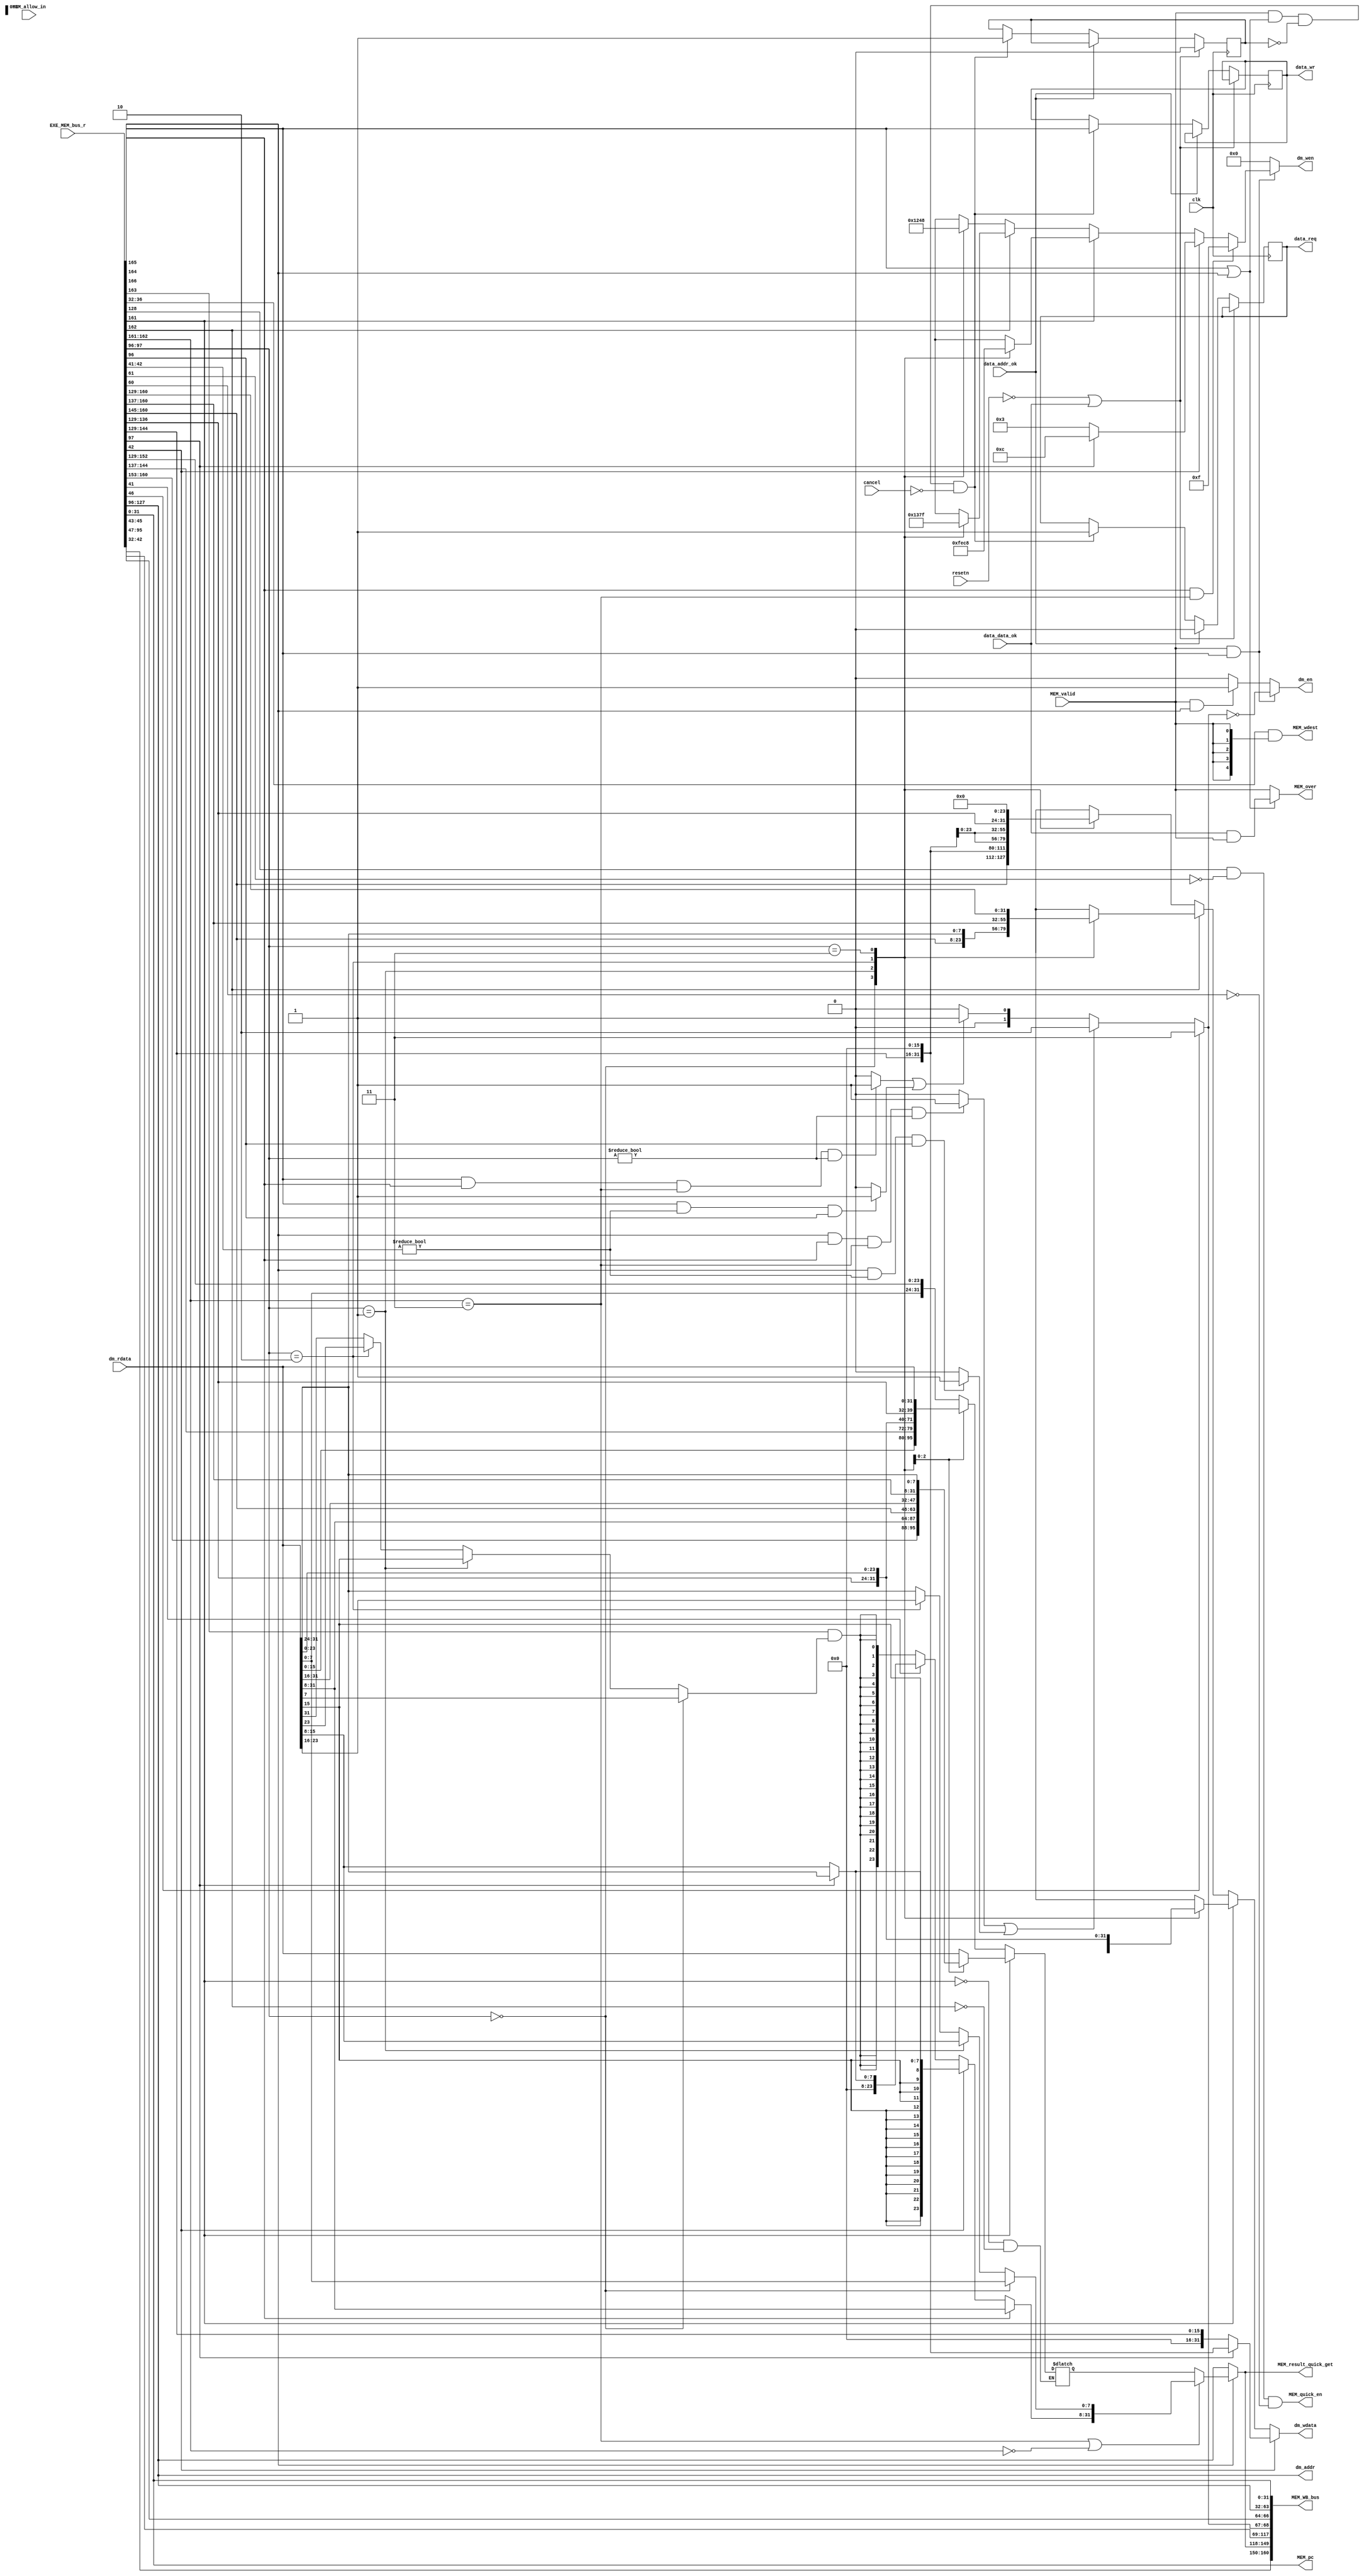
module mem(
	input wire 			clk,
	input wire          resetn,
	input wire 			MEM_valid,
	input wire 	[166:0]	EXE_MEM_bus_r,
	input wire 	[ 31:0] dm_rdata,
	input wire          cancel,
	input wire          data_addr_ok,
	input wire          data_data_ok,
	output reg          data_req,
	output reg          data_wr,
	output reg          dm_en,
	output wire [ 31:0] dm_addr,
	output reg 	[  3:0] dm_wen,
	output reg 	[ 31:0] dm_wdata,
	// output wire dm_ce_n,       // chip enable,  low valid
	// output wire dm_oe_n,       // read enable,  low valid
	// output wire dm_we_n,       // write enable, low valid
	output wire 		MEM_over,
	output wire	[160:0] MEM_WB_bus,
	

	// Five Levels Pipeline New Interface
	input wire 			MEM_allow_in,
	output wire [  4:0] MEM_wdest,
    output wire [ 31:0] MEM_result_quick_get,
    output wire MEM_quick_en,

	// show PC
	output wire [ 31:0] MEM_pc
);

//----------{EXE->MEM bus}begin
	// load/store message that MEM may use
	wire [ 5:0] mem_control;
	wire [31:0] store_data;
	wire data_related_en;

	// EXE result and data of HI/LO
	wire [31:0] exe_result;
	wire [31:0] lo_result;
	wire 		hi_write;
	wire 		lo_write;

	// message that WB may use
	wire mfhi;
	wire mflo;
	wire mtc0;
	wire mfc0;
	wire [7:0] cp0r_addr;
	wire syscall;
	wire eret;
	wire break;
	wire addr_exc;
	wire ov_exc;
	wire ri_exc;
	wire is_ds;
	wire [1:0] halfword;
	wire [3:0] rf_wen;
	wire [4:0] rf_wdest;

	//pc
	wire [31:0] pc;
	assign {mem_control,
			store_data,
			data_related_en,
			exe_result,
			lo_result,
			hi_write,
			lo_write,
			mfhi,
			mflo,
			mtc0,
			mfc0,
			cp0r_addr,
			syscall,
			eret,
			break,
			addr_exc,
			ov_exc,
			ri_exc,
			is_ds,
			halfword,
			rf_wen,
			rf_wdest,
			pc} = EXE_MEM_bus_r;
//----------{EXE->MEM bus}end

//----------{load/store memory access}begin
	wire inst_load;
	wire inst_store;
	wire ls_word;
	wire lb_sign;
	wire [1:0] ls_bit;
	assign {inst_load, inst_store, ls_word, lb_sign, ls_bit} = mem_control;

	// addr_exc use
	wire lw_addr_exc;
	wire lh_addr_exc;
	wire sw_addr_exc;
	wire sh_addr_exc;
	wire [31:0] badvaddr;
	assign lw_addr_exc = (inst_load && ls_word && (ls_bit == 2'b11) && (dm_addr[1:0] != 2'b00)) ? 1'b1 : 1'b0;
	assign lh_addr_exc = (inst_load && (halfword != 2'b00) && (dm_addr[0] != 1'b0)) ? 1'b1 : 1'b0;
	assign sw_addr_exc = (inst_store && ls_word && (ls_bit == 2'b11) && (dm_addr[1:0] != 2'b00)) ? 1'b1 : 1'b0;
 	assign sh_addr_exc = (inst_store && (halfword != 2'b00) && (dm_addr[0] != 1'b0)) ? 1'b1 : 1'b0;
    assign badvaddr = dm_addr;


	// Memory access w/r address
	assign dm_addr = exe_result;
    reg addr_sent;

    always @(posedge clk)
    begin
        if (!resetn || data_data_ok)
        begin
            addr_sent <= 1'b0;
        end
        else if (data_addr_ok)
        begin
            data_req <= 1'b0;
        end
        else if (MEM_valid & (inst_store | inst_load) & ~addr_sent & ~cancel)
        begin
            data_req <= 1'b1;
            addr_sent <= 1'b1;
            data_wr <= inst_store;
        end
    end
    
	// write enable of store operation
	always @(*) 
	begin
		if (MEM_valid & inst_store) // MEM valid and store enable 
		begin 
			dm_en <= 1'b1 & (final_addr_exc == 2'd0);
			if (ls_word & (ls_bit == 2'b11))
			begin
				dm_wen <= 4'b1111; // store word intruction, write enable is all-1
			end
			else if (halfword[1])
			begin
			     dm_wen <= dm_addr[1] ? 4'b1100 : 4'b0011;
			end
			else if (ls_bit[0]) // SWR
			begin
			    case (dm_addr[1:0])
                    2'b00     : dm_wen <= 4'b1111;
                    2'b01     : dm_wen <= 4'b1110;
                    2'b10     : dm_wen <= 4'b1100;
                    2'b11     : dm_wen <= 4'b1000;
                    default   : dm_wen <= 4'b0000;
                endcase
			end
			else if (ls_bit[1]) // SWL
            begin
                case (dm_addr[1:0])
                    2'b00     : dm_wen <= 4'b0001;
                    2'b01     : dm_wen <= 4'b0011;
                    2'b10     : dm_wen <= 4'b0111;
                    2'b11     : dm_wen <= 4'b1111;
                    default   : dm_wen <= 4'b0000;
                endcase
            end
			else 
			begin
				case (dm_addr[1:0])
					2'b00 	: dm_wen <= 4'b0001;
					2'b01 	: dm_wen <= 4'b0010;
					2'b10 	: dm_wen <= 4'b0100;
					2'b11 	: dm_wen <= 4'b1000;
					default : dm_wen <= 4'b0000;
				endcase
			end
		end
		else if (MEM_valid & inst_load)
		begin
		  dm_en <= 1'b1;
		  dm_wen <= 4'b0000;
		end
		else
		begin
			dm_en <= 1'b0;
            dm_wen <= 4'b0000;
		end
	end

	//  write data of store operation
	always @(*) 
	begin
	    if (halfword[1]) 
	    begin
	       if (dm_addr[1])
	       begin
	           dm_wdata <= {store_data[15:0], 16'd0};
	       end
	       else
	       begin
	           dm_wdata <= {16'd0, store_data[15:0]};
	       end
	    end
	    else if (ls_bit[0]) // SWR
	    begin
	       case (dm_addr[1:0])
                2'b00     : dm_wdata <= store_data;
                2'b01     : dm_wdata <= {store_data[23:0], dm_rdata[ 7:0]};
                2'b10     : dm_wdata <= {store_data[15:0], dm_rdata[15:0]};
                2'b11     : dm_wdata <= {store_data[ 7:0], dm_rdata[23:0]};
                default   : dm_wdata <= store_data;
            endcase
	    end
	    else if (ls_bit[1]) // SWL
	    begin
	       case (dm_addr[1:0])
                2'b00     : dm_wdata <= {dm_rdata[31:8 ], store_data[31:24]};
                2'b01     : dm_wdata <= {dm_rdata[31:16], store_data[31:16]};
                2'b10     : dm_wdata <= {dm_rdata[31:24], store_data[31:8]};
                2'b11     : dm_wdata <= store_data;
                default   : dm_wdata <= store_data;
            endcase
	    end
	    else
	    begin
            case (dm_addr[1:0])
                2'b00 	: dm_wdata <= store_data;
                2'b01 	: dm_wdata <= {16'd0, store_data[7:0], 8'd0};
                2'b10 	: dm_wdata <= {8'd0, store_data[7:0], 16'd0};
                2'b11 	: dm_wdata <= {store_data[7:0], 24'd0};
                default : dm_wdata <= store_data;
            endcase
        end
	end

	// data reading by load
	wire 		load_sign;
	wire [31:0] load_result;
	wire [7:0] half_result;
	wire [31:0] load_final_result;
	reg [31:0] lwl_lwr_result;
	assign load_sign = (dm_addr[1:0]==2'd0) ? dm_rdata[ 7] :
					   (dm_addr[1:0]==2'd1) ? dm_rdata[15] :
					   (dm_addr[1:0]==2'd2) ? dm_rdata[23] : dm_rdata[31];
	assign load_result[7:0] = (dm_addr[1:0]==2'd0) ? dm_rdata[ 7:0 ] :
							  (dm_addr[1:0]==2'd1) ? dm_rdata[15:8 ] :
							  (dm_addr[1:0]==2'd2) ? dm_rdata[23:16] : dm_rdata[31:24];
    assign half_result = (dm_addr[1]==2'd0) ? dm_rdata[15:8 ] : dm_rdata[31:24]; 
	assign load_result[31:8] = ls_word ? dm_rdata[31:8] : halfword[1] ? {{16{dm_rdata[15]}},half_result} : halfword[0] ? {16'd0,half_result} : {24{lb_sign & load_sign}};
	assign load_final_result = (ls_bit==2'b11 | ls_bit==2'b00) ? load_result : lwl_lwr_result;
	
	
	always @(*) 
        begin
            if (ls_bit[0])  // LWR
            begin
                case (dm_addr[1:0])
                    2'b00     : lwl_lwr_result <= dm_rdata;
                    2'b01     : lwl_lwr_result <= {store_data[31:24],dm_rdata[31:8 ]};
                    2'b10     : lwl_lwr_result <= {store_data[31:16],dm_rdata[31:16]};
                    2'b11     : lwl_lwr_result <= {store_data[31:8 ],dm_rdata[31:24]};
                    default   : lwl_lwr_result <= dm_rdata;
                endcase
            end
            else if (ls_bit[1]) // LWL
            begin
                case (dm_addr[1:0])
                    2'b00     : lwl_lwr_result <= {dm_rdata[ 7:0],store_data[23:0]};
                    2'b01     : lwl_lwr_result <= {dm_rdata[15:0],store_data[15:0]};
                    2'b10     : lwl_lwr_result <= {dm_rdata[23:0],store_data[ 7:0]};
                    2'b11     : lwl_lwr_result <= dm_rdata;
                    default   : lwl_lwr_result <= dm_rdata;
                endcase
            end
        end
//----------{load/store memory access}end

//----------{CE signal}begin
    // assign dm_ce_n = ~MEM_valid | MEM_over; // when MEM is valid and not over, dm_ce_n is 0.
    // assign dm_oe_n = ~inst_load;
    // assign dm_we_n = ~inst_store;
//----------{CE signal}end

//----------{MEM finish}begin
	// Cause of data in RAM is synchronize wirte and read,
	// for load instruction, when fetch data, there's one beat delay
	// means that the next beat after sending address can we get data loaded.
	// So that when MEM is executing load operation, sometimes it may cost 2 beats to get data
	// but for other operation, it only costs one beat.
	reg MEM_valid_r;
	always @(posedge clk) 
	begin
		if (MEM_allow_in) 
		begin
			MEM_valid_r <= 1'b0;
		end
		else
		begin
			MEM_valid_r <= MEM_valid;	
		end
	end
	assign MEM_over = (inst_load|inst_store) ? (data_data_ok & MEM_valid) : MEM_valid;
	// if data in RAM is asynchronize read, then MEM_valid is MEM_over.
	// means that it costs one beat to finish.
//----------{MEM finish}end

//----------{dest value of MEM module}begin
	// Only when MEM module is valid, 
	// the destination register number of write back is meaningful
	assign MEM_wdest = rf_wdest & {5{MEM_valid}};
//----------{dest value of MEM module}end

//----------{MEM->WB bus}begin
	wire [31:0] mem_result;	// MEM->WB result is load or EXE result
	wire [1:0] final_addr_exc;
	assign final_addr_exc = addr_exc ? 2'b11 : (lw_addr_exc|lh_addr_exc) ? 2'b10 : (sw_addr_exc|sh_addr_exc) ? 2'b01 : 2'b00;
	assign mem_result = inst_load ? load_final_result : exe_result;
	assign MEM_WB_bus = {halfword,rf_wen,rf_wdest,
						 mem_result,
						 lo_result,
						 hi_write,lo_write,
						 mfhi,mflo,
						 mtc0,mfc0,cp0r_addr,syscall,eret,break,final_addr_exc,ov_exc,ri_exc,is_ds,
						 badvaddr,
						 pc};
	assign MEM_result_quick_get = mem_result;
	assign MEM_quick_en = data_related_en & ~mfhi & ~mflo;
//----------{MEM->WB bus}end

//----------{show PC of MEM module}begin
	assign MEM_pc = pc;
//----------{show PC of MEM module}end
endmodule